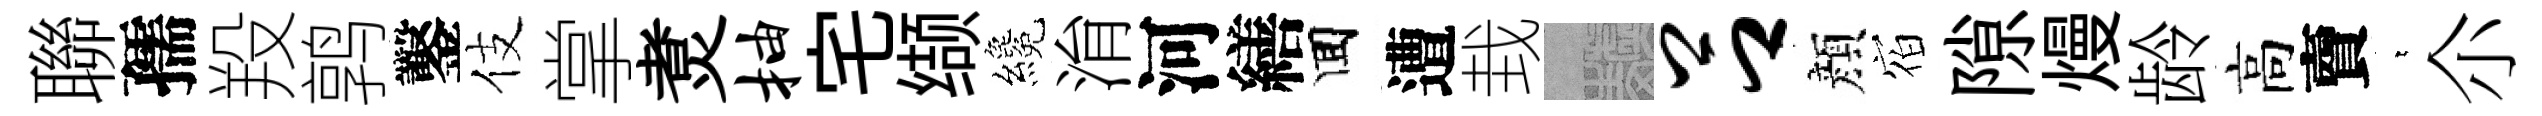
聯孺羖鹑鑿伎掌煑抽宅缬纔㳙河繕囬遭㘽熙吕顔𪧐隙熳龄高𧶠萋尒